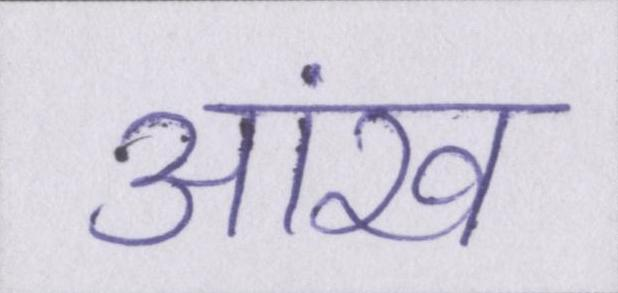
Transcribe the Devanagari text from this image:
आंख